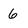
Character: 6